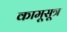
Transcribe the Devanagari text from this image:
कामूसूत्र